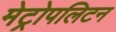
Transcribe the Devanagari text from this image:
मेट्रोपलिटन